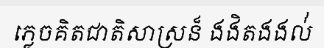
ភ្លេចគិតជាតិសាស្រន៏ ងងិតងងល់់